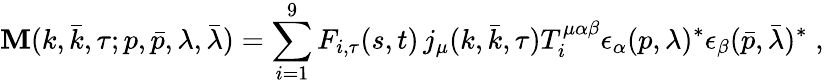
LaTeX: {\cal\mathbf{M}}(k,\bar{{k}},\tau;p,\bar{{p}},\lambda,\bar{{\lambda}})=\sum_{i=1}^{9}F_{i,\tau}(s,t)\, j_{\mu}(k,\bar{{k}},\tau)T_{i}^{\mu\alpha\beta}\epsilon_{\alpha}(p,\lambda)^{\ast}\epsilon_{\beta}(\bar{{p}},\bar{{\lambda}})^{\ast}\; ,